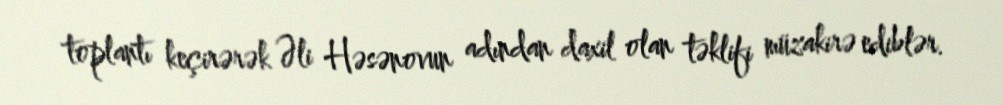
toplantı keçirərək Əli Həsənovun adından daxil olan təklifi müzakirə ediblər.